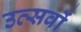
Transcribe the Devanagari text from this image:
उत्‍सवों